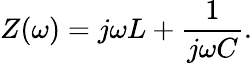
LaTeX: Z(\omega)=j\omega L+{\frac{1}{j\omega C}}.